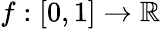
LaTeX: f:[0,1]\to\mathbb{R}